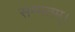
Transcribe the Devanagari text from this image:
सम्मतम्।